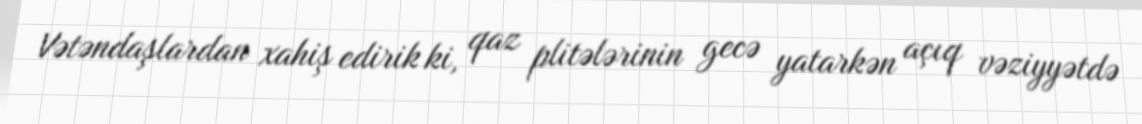
Vətəndaşlardan xahiş edirik ki, qaz plitələrinin gecə yatarkən açıq vəziyyətdə